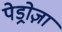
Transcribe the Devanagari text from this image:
पेड्रोज़ा